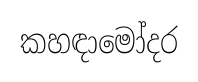
කහඳාමෝදර